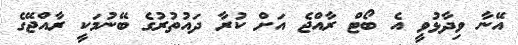
އޭނާ ވިދާޅުވީ އެ ބޯޓް ރާއްޖެ އަށް ކުރާ ދައުތުރުގެ ބޭނުމަކީ ރާއްޖޭގެ